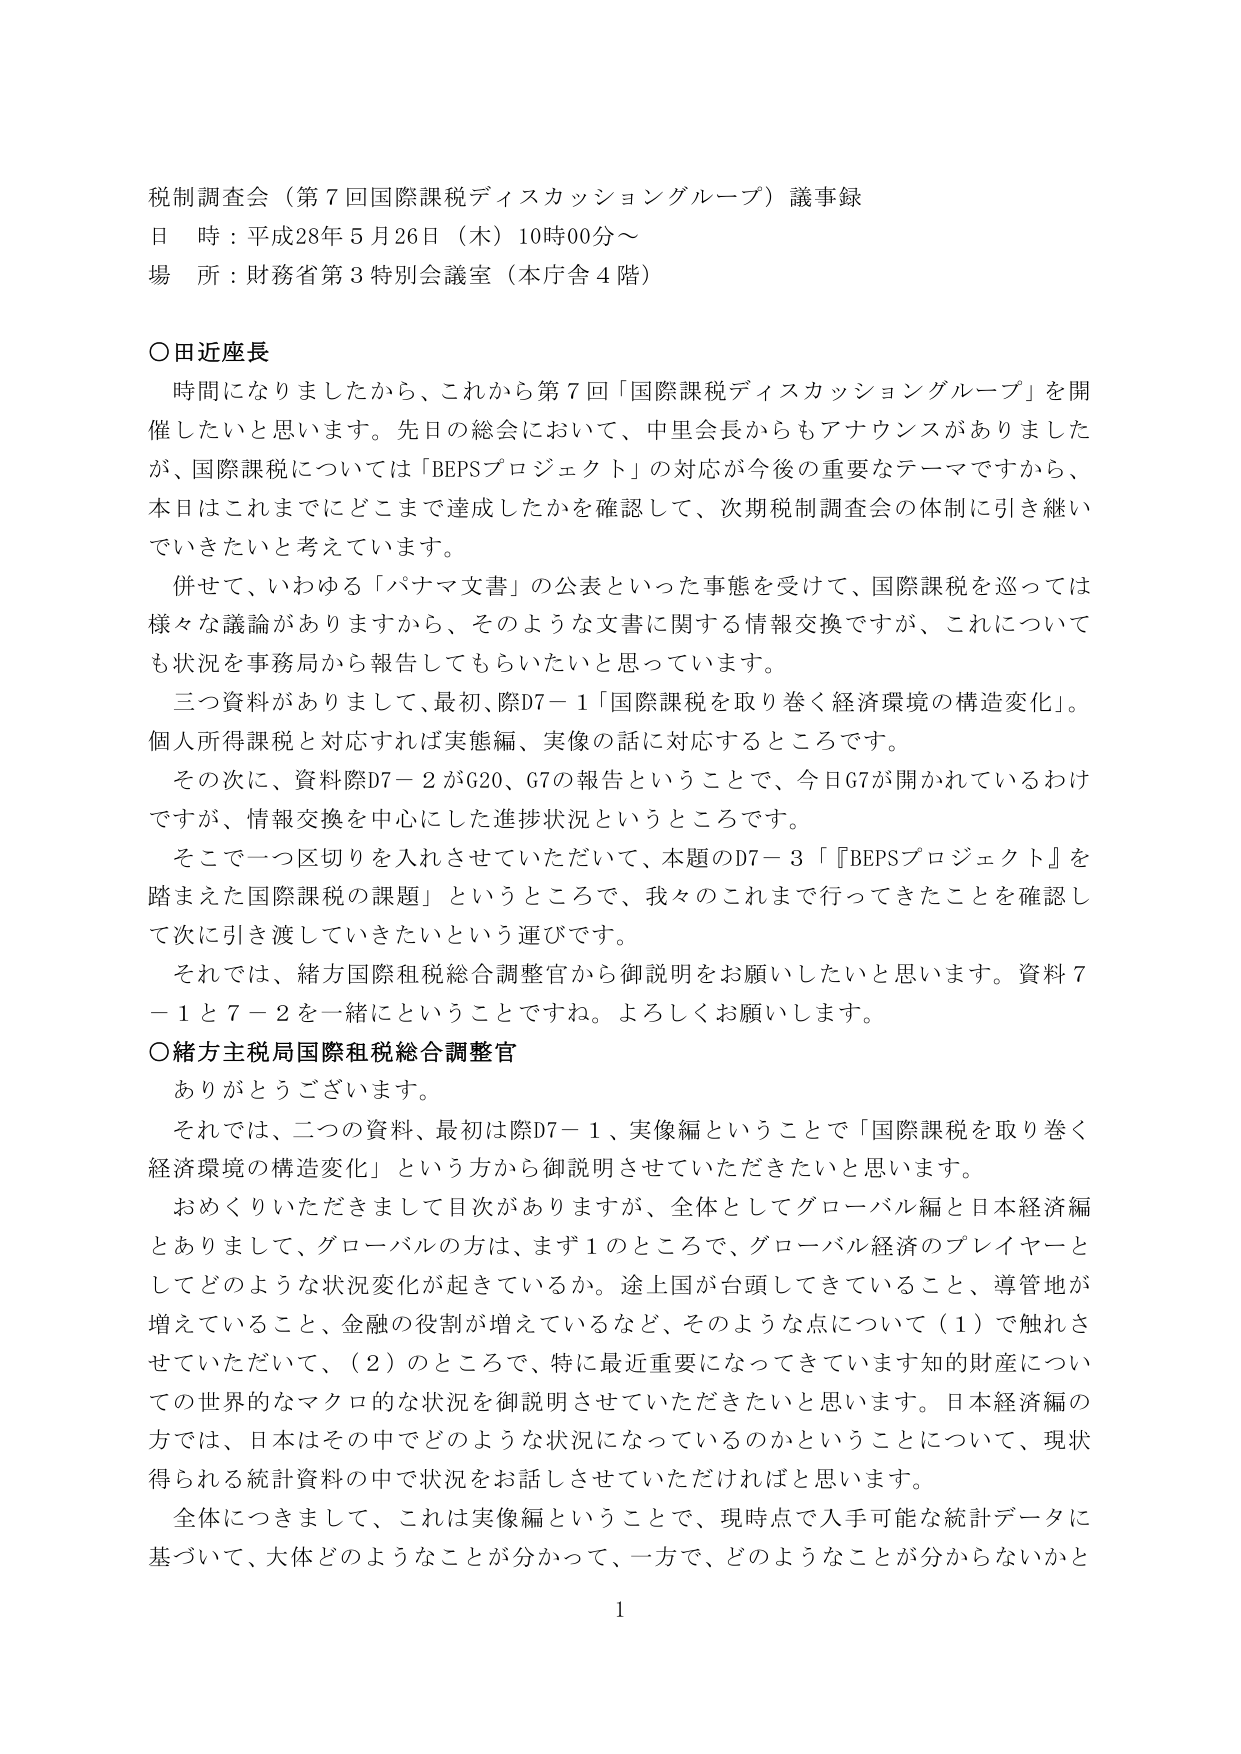
税制調査会（第７回国際課税ディスカッショングループ）議事録
日 時：平成28年５月26日（木）10時00分～
場 所：財務省第３特別会議室（本庁舎４階）

○田近座長
　時間になりましたから、これから第７回「国際課税ディスカッショングループ」を開催したいと思います。先日の総会において、中里会長からもアナウンスがありました が、国際課税については「BEPSプロジェクト」の対応が今後の重要なテーマですから、 本日はこれまでにどこまで達成したかを確認して、次期税制調査会の体制に引き継いでいきたいと考えています。
　併せて、いわゆる「パナマ文書」の公表といった事態を受けて、国際課税を巡っては 様々な議論がありますから、そのような文書に関する情報交換ですが、これについて も状況を事務局から報告してもらいたいと思っています。
　三つ資料がありますので、最初、際D7－1「国際課税を取り巻く経済環境の構造変化」。 個人所得税課と対応すれば実態編、実像の話に対応するところです。
　その次に、資料際D7－2がG20、G7の報告ということで、今日G7が開かれているわけですが、情報交換を中心にした進捗状況というところです。
　そこで一つ区切りを入れさせていただいて、本題のD7－3「『BEPSプロジェクト』を 踏まえた国際課税の課題」というところで、我々のこれまで行ってきたことを確認し て次に引き渡していきたいという運びです。
　それでは、緒方国際租税総合調整官から御説明をお願いしたいと思います。資料７ －1と７－2を一緒にということですね。よろしくお願いします。

○緒方主税局国際租税総合調整官
　ありがとうございます。
　それでは、二つの資料、最初は際D7－1、実像編ということで「国際課税を取り巻く 経済環境の構造変化」という方から御説明させていただきたいと思います。
　おめくりいただきまして目次がありますが、全体としてグローバル編と日本経済編 とありまして、グローバルの方は、まず1のところで、グローバル経済のプレイヤーと してどのような状況変化が起きているか。途上国が台頭してきていること、導管地が 増えていること、金融の役割が増えているなど、そのような点について（1）で触れさ せていただいて、（2）のところで、特に最近重要になってきています知的財産につい ての世界的なマクロ的な状況を御説明させていただきたいと思います。日本経済編の 方では、日本はその中でどのような状況になっているのかということについて、現状 得られる統計資料の中で状況をお話しさせていただければと思います。
　全体につきまして、これは実像編ということで、現時点で入手可能な統計データに 基づいて、大体どのようなことが分かって、一方で、どのようなことが分からないかと

1